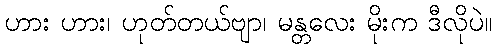
ဟား ဟား၊ ဟုတ်တယ်ဗျာ၊ မန္တလေး မိုးက ဒီလိုပဲ။